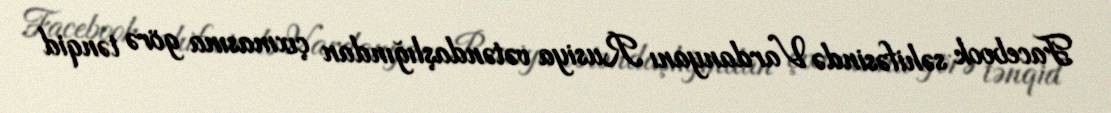
Facebook səhifəsində Vardanyanı Rusiya vətəndaşlığından çıxmasına görə tənqid